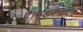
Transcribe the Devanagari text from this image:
है।भड़काना